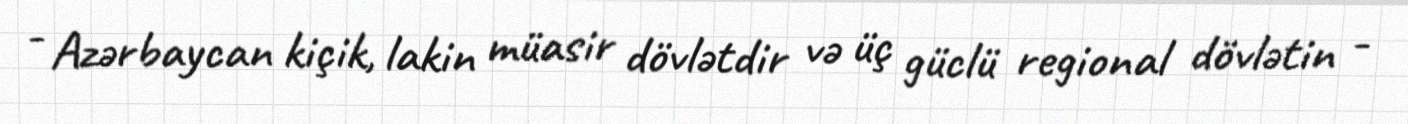
- Azərbaycan kiçik, lakin müasir dövlətdir və üç güclü regional dövlətin -